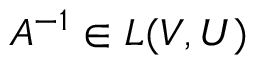
A ^ { - 1 } \in L ( V , U )